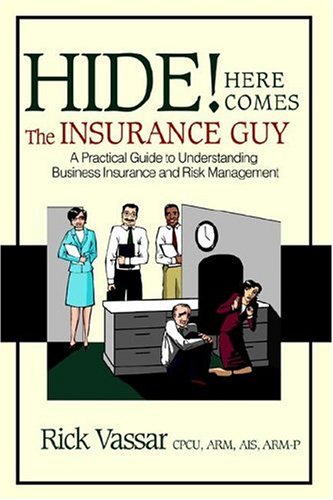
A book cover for Hide! Here Comes The Insurance Guy: A Practical Guide to Understanding Business Insurance and Risk Management; Rick Vassar; Business & Money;